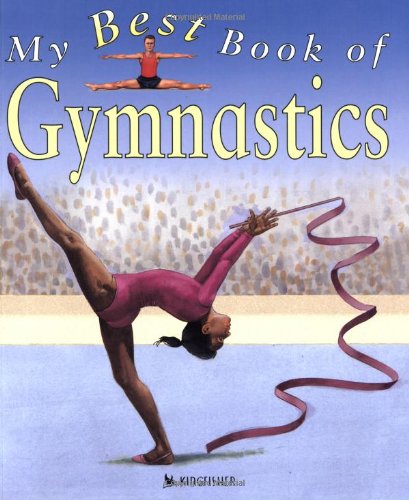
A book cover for My Best Book of Gymnastics; Christine Morley; Children's Books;